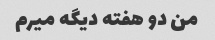
من دو هفته دیگه میرم